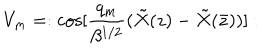
LaTeX: V _ { m } = : \mathrm { c o s } [ { \frac { q _ { m } } { \beta ^ { 1 / 2 } } } ( { \tilde { X } } ( z ) - { \tilde { X } } ( { \bar { z } } ) ) ] :